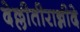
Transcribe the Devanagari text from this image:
देल्लीतीरान्नीदे